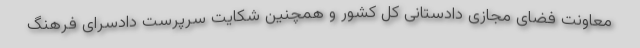
معاونت فضای مجازی دادستانی کل کشور و همچنین شکایت سرپرست دادسرای فرهنگ